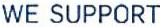
WE SUPPORT